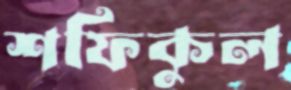
শফিকুল